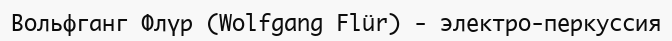
Вольфганг Флүр (Wolfgang Flür) - электро-перкуссия